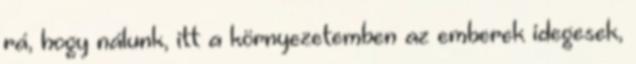
rá, hogy nálunk, itt a környezetemben az emberek idegesek,